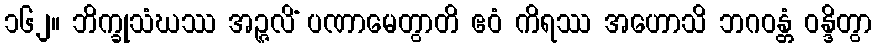
၁၆၂။ ဘိက္ခုသံဃဿ အဉ္ဇလိံ ပဏာမေတွာတိ ဧဝံ ကိရဿ အဟောသိ ဘဂဝန္တံ ဝန္ဒိတွာ